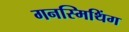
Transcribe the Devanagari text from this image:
गनस्मिथिंग